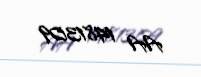
AA 1481309